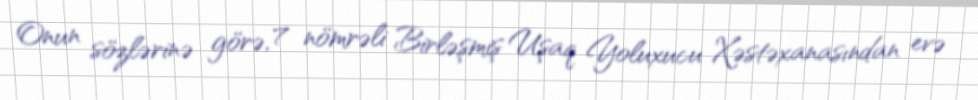
Onun sözlərinə görə, 7 nömrəli Birləşmiş Uşaq Yoluxucu Xəstəxanasından evə